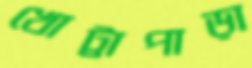
খোট্টাপাড়া